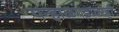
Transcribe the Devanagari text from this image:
पन्हाळगडावरही